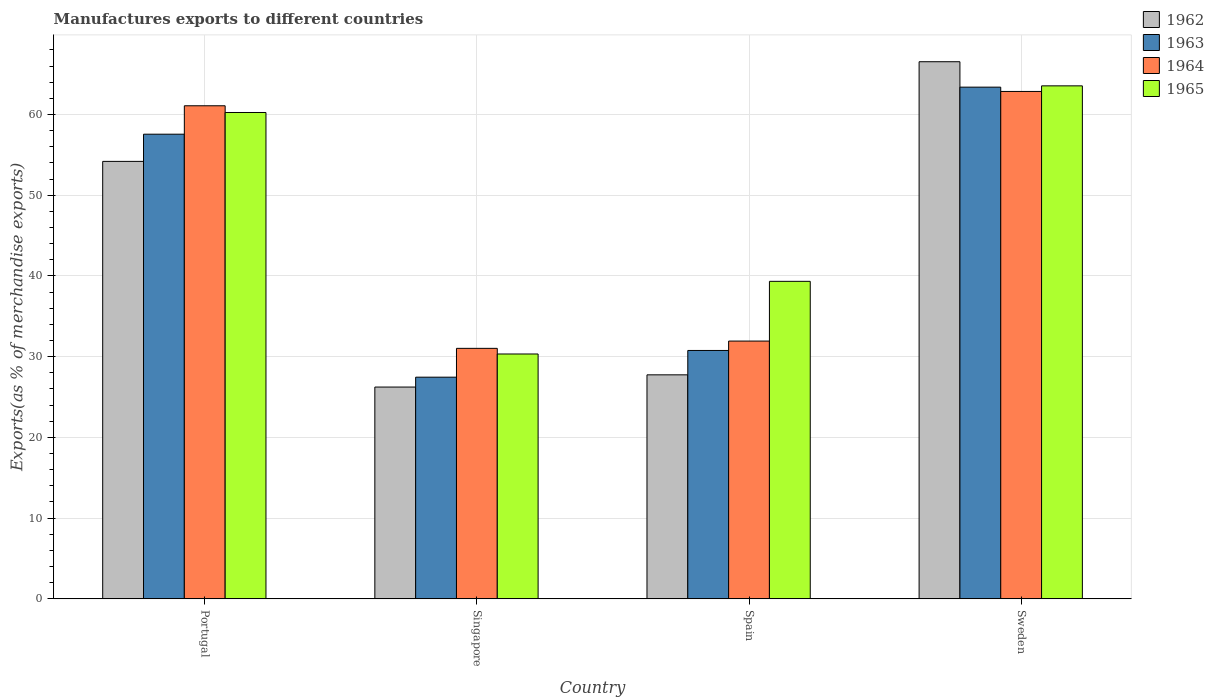
| Country | 1962 | 1963 | 1964 | 1965 |
 | --- | --- | --- | --- | --- |
 | Portugal | 54.2 | 57.6 | 61.1 | 60.2 |
 | Singapore | 26.2 | 27.5 | 31 | 30.3 |
 | Spain | 27.8 | 30.8 | 31.9 | 39.3 |
 | Sweden | 66.5 | 63.4 | 62.9 | 63.5 |